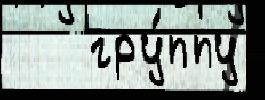
   гру́ппу